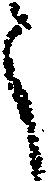
う